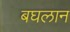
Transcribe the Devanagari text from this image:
बघलान